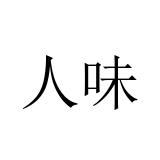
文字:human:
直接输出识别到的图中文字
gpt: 人味